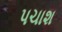
પચાશ